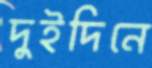
দুইদিনে